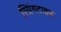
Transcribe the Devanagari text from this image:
स्प्रिंगटाइड